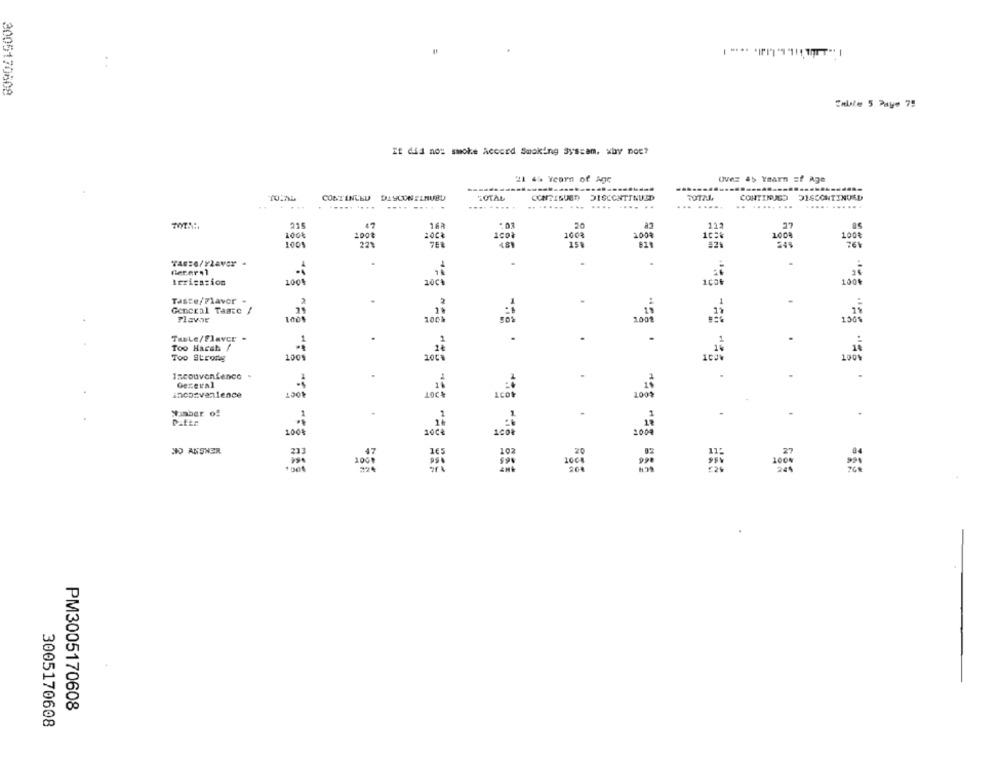
2005170608
Enble 5 Paye 79
If did no: smoke Accord Smoking Syscam, why not?
21 4h Yearn of Agc
Uvez 45 Years of Age
.......
CONTINUED DLYCONILNUBU
TOTAL
CONTINUED DISCONTINUED
CONTINUED
DISCONTINUED
.. .....
---
....
....
..
.......
...... ......
215
47
123
100%
100%
1001
1008
100%
1008
1001
221
2008
761
Irrigation
1001
20€*
Taste/Flavor -
.
1
General Taate /
Flavor
TasLe/flaver -
Bis 8 :. B.
Too Harsh /
TOO Strong
1009
100
Inconvenience
Geceval
inconvenience
100
100
timber of
100
2004
JO ANSWER
233
102
2006
PM3005170608
3005170608